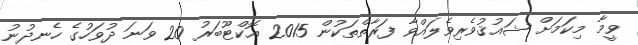
ވީމާ މިކަމަށް ޝައުޤުވެރިވެލައްވާ ފަރާތްތަކުން 2015 އޮކްޓޫބަރު 20 ވަނަ ދުވަހުގެ ހެނދުނު